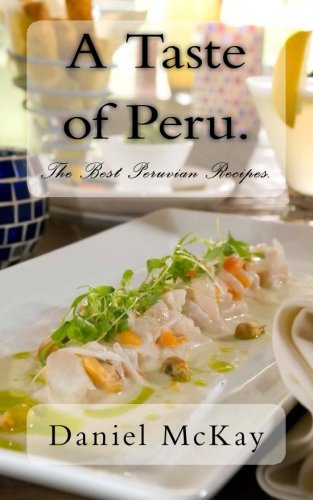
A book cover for A Taste of Peru.: The Best Peruvian Recipes.; Daniel McKay; Cookbooks, Food & Wine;